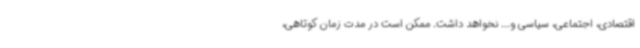
اقتصادی، اجتماعی، سیاسی و... نخواهد داشت. ممکن است در مدت زمان کوتاهی،